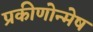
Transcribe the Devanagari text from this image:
प्रकीणोन्मेष